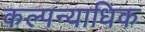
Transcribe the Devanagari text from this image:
कल्पन्याधिक